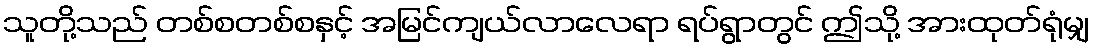
သူတို့သည် တစ်စတစ်စနှင့် အမြင်ကျယ်လာလေရာ ရပ်ရွာတွင် ဤသို့ အားထုတ်ရုံမျှ